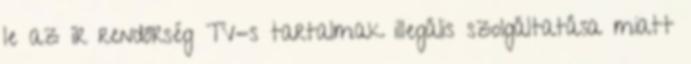
le az ír rendőrség TV-s tartalmak illegális szolgáltatása miatt